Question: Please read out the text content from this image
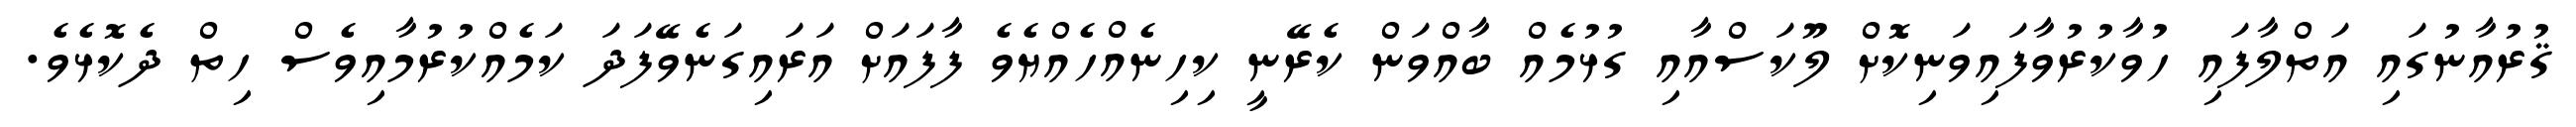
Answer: ޤުރުއާނުގައި އަތްލާފައި ހުވާކުރުވާފައިވަނިކޮށް ލޫކަސްއާއި ގުޅުމެއް ބާއްވަން ކެރޭނީ ކިހިނެއްހެއްޔެވެ ފާފައަށް އަރައިގަނެވޭފަދަ ކަމެއްކުރުމާއިވެސް ހިތް ދެކޮޅެވެ.